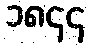
၁၈၄၄